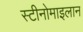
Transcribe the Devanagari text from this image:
स्टीनोमाइलान